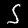
Label: 5